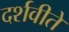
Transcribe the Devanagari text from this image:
दर्शवीते